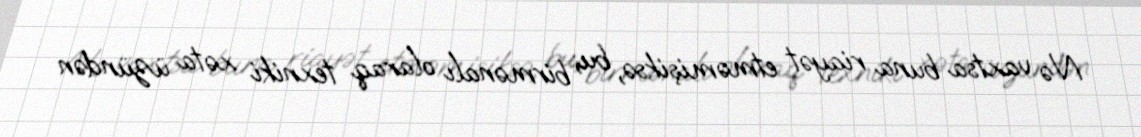
Nə vaxtsa buna riayət etməmişiksə, bu, birmənalı olaraq texniki xəta üzündən